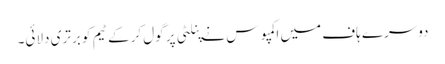
دوسرے ہاف میں اکمپوس نے پنلٹی پر گول کرکے ٹیم کو برتری دلائی۔